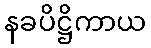
နခပိဋ္ဌိကာယ